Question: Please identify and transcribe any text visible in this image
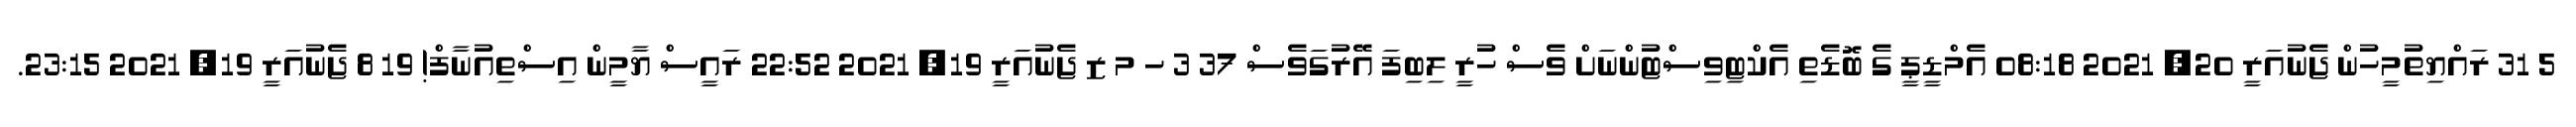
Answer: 5 31 ރައްޔިތުމީހުން ޖެނުއަރީ 20, 2021 08:18 އެމްޑީޕީ ގެ ބޮޑެތި އެކްޓިވިސްޓުންނަށް ވެސް ހުރީ ލިބިފަ އޭރުގަވެސް 37 3 ހ މ ޒ ޖެނުއަރީ 19, 2021 22:52 ރައީސް ޔާމީން އިސްތިއުނާފް! 19 8 ޖެނުއަރީ 19, 2021 23:15.